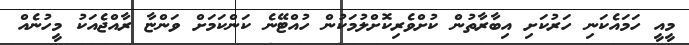
މީއީ ހަމައެކަނި ހަރުކަށި އިބާރާތުން ކުށްވެރިކޮށްލުމަކުން ހުއްޓޭނެ ކަންކަމަށް ވަންޏާ ރާއްޖެއަކު މީހުނެއް